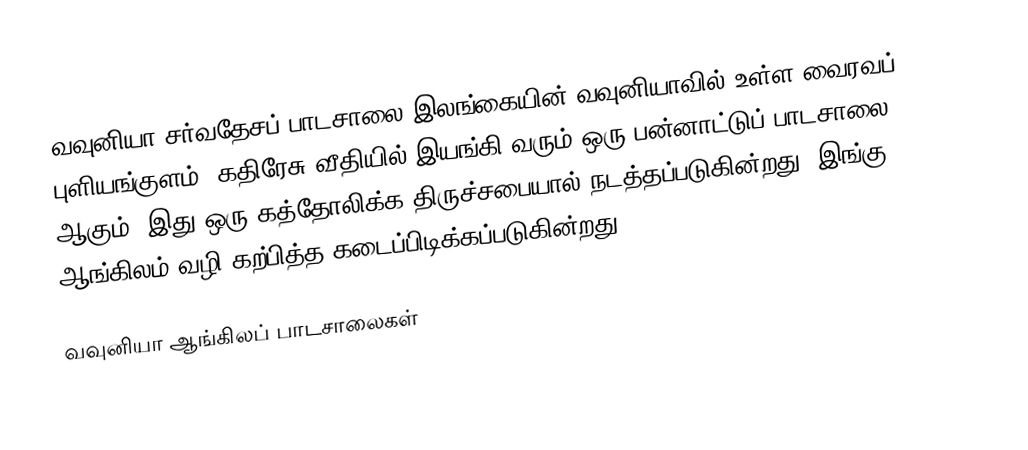
வவுனியா சர்வதேசப் பாடசாலை இலங்கையின் வவுனியாவில் உள்ள வைரவப் புளியங்குளம், கதிரேசு வீதியில் இயங்கி வரும் ஒரு பன்னாட்டுப் பாடசாலை ஆகும். இது ஒரு கத்தோலிக்க திருச்சபையால் நடத்தப்படுகின்றது. இங்கு ஆங்கிலம் வழி கற்பித்த கடைப்பிடிக்கப்படுகின்றது.

வவுனியா ஆங்கிலப் பாடசாலைகள்